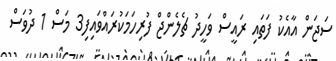
ސަޖަން އާއެކު ފަތައި ރައީސް ވަހީދު ޗެލެންޖް ފުރިހަމަކުރައްވައިފި3 މަސް 1 ދުވަސް